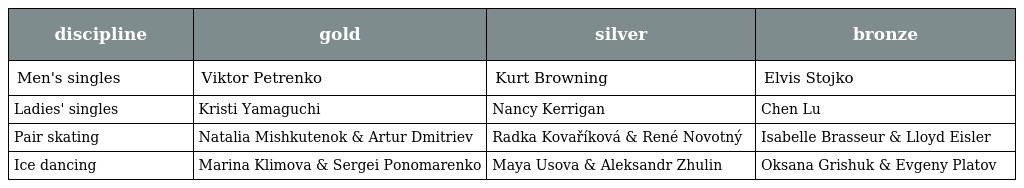
| discipline | gold | silver | bronze |
 | --- | --- | --- | --- |
 | Men's singles | Viktor Petrenko | Kurt Browning | Elvis Stojko |
 | Ladies' singles | Kristi Yamaguchi | Nancy Kerrigan | Chen Lu |
 | Pair skating | Natalia Mishkutenok & Artur Dmitriev | Radka Kovaříková & René Novotný | Isabelle Brasseur & Lloyd Eisler |
 | Ice dancing | Marina Klimova & Sergei Ponomarenko | Maya Usova & Aleksandr Zhulin | Oksana Grishuk & Evgeny Platov |